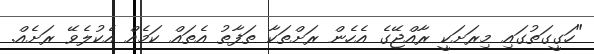
"ހަގީގަތުގައި މިރަށަކީ ރާއްޖޭގެ އެހެން ރަށްތަކާ ތަފާތު އެތައް ކަމެއް އެކުލެވޭ ރަށެއް.